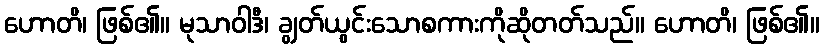
ဟောတိ၊ ဖြစ်၏။ မုသာဝါဒီ၊ ချွတ်ယွင်းသောစကားကိုဆိုတတ်သည်။ ဟောတိ၊ ဖြစ်၏။